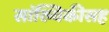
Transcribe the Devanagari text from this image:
सांख्यिकीसह